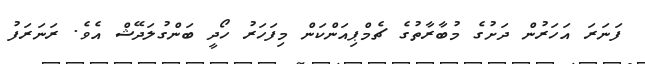
ފަނަރަ އަހަރުން ދަށުގެ މުބާރާތުގެ ޗެމްޕިއަންކަން މިފަހަރު ހޯދީ ބަންގުލަދޭޝް އެވެ. ރަނަރަފު